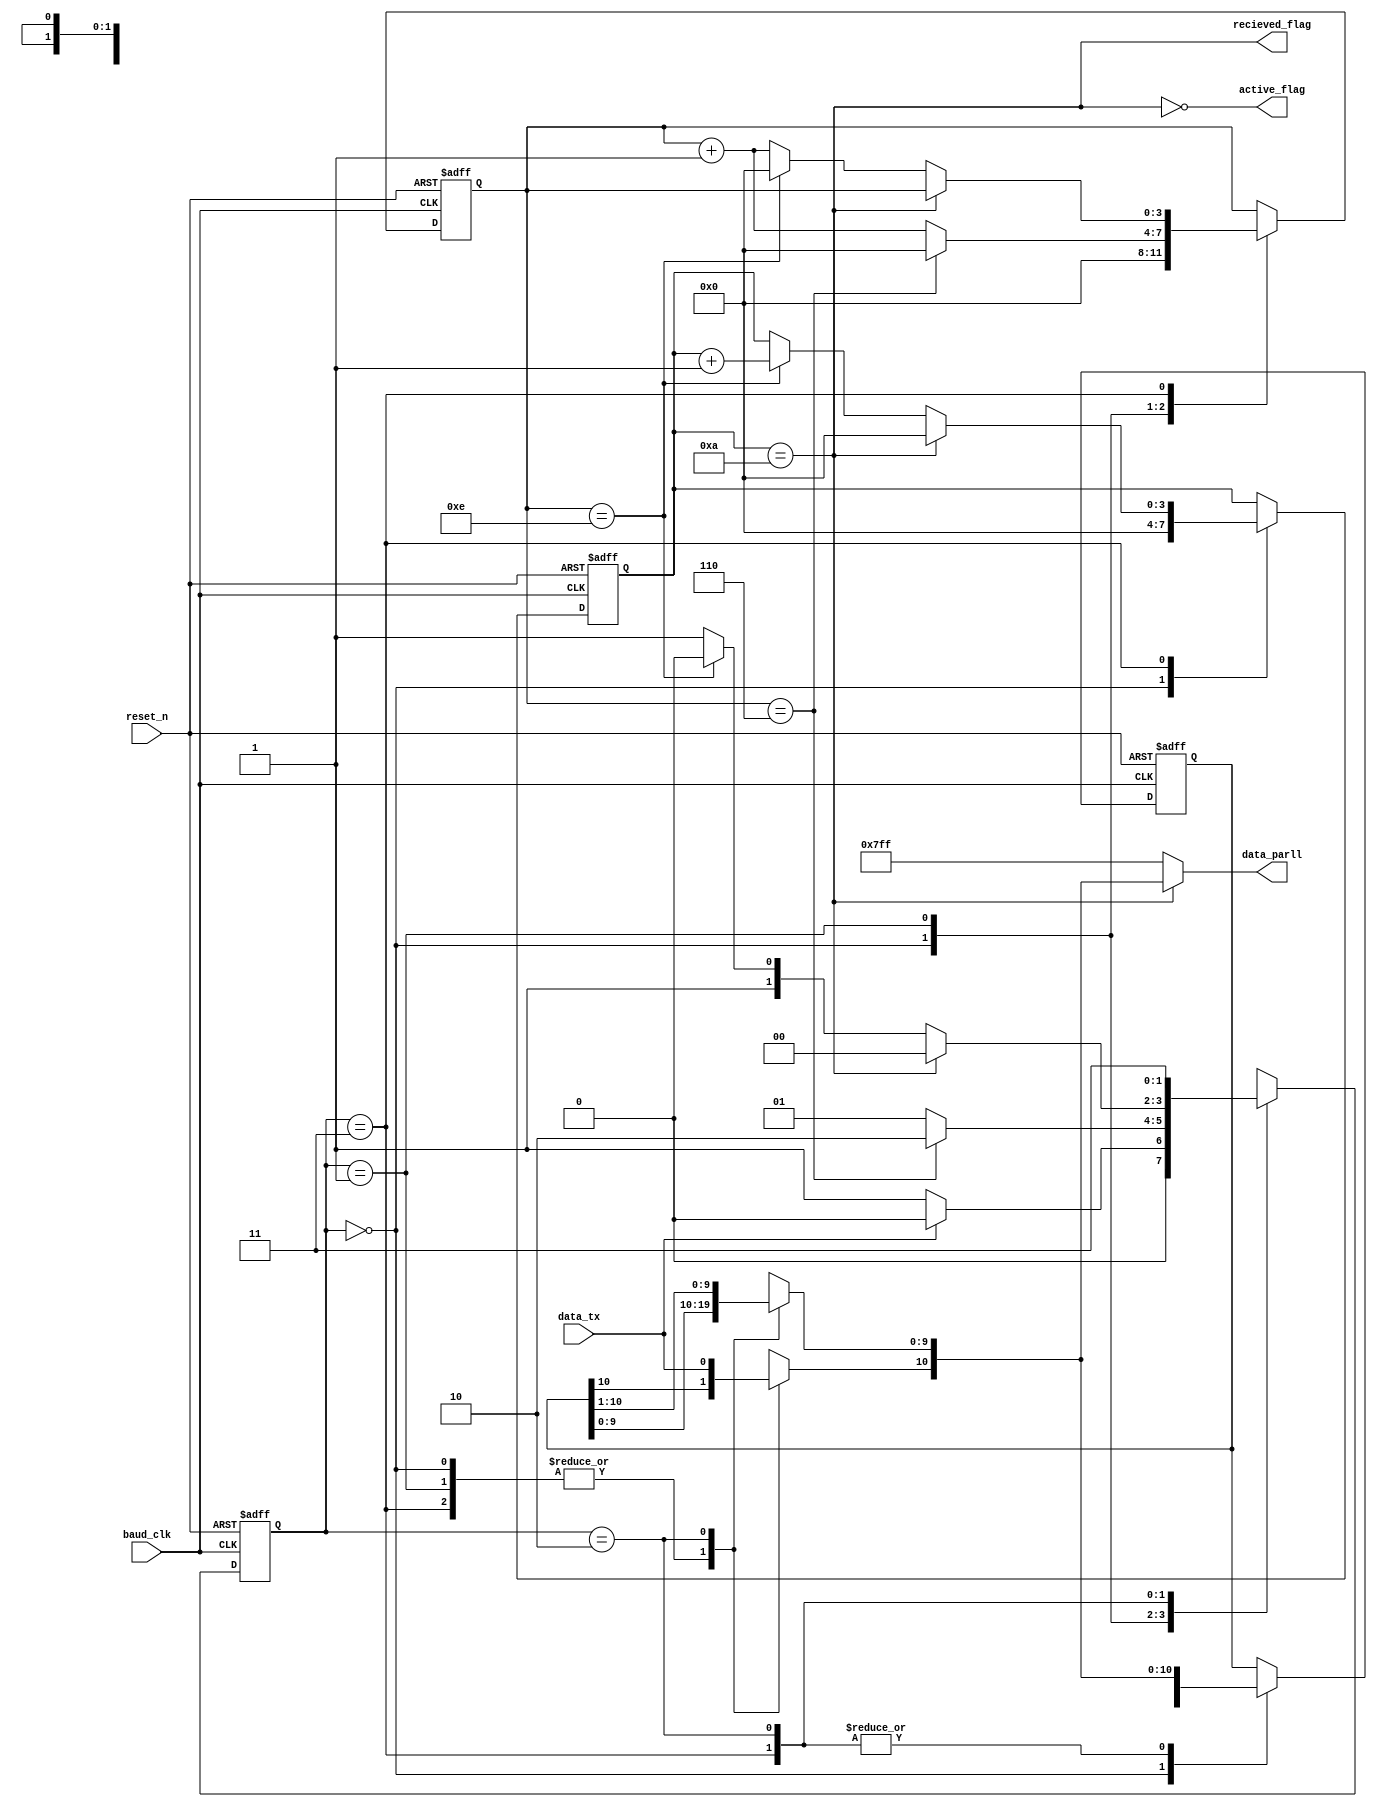
//  INFO.: Undergraduate ECE student, Alexandria university, Egypt.
//  AUTHOR'S EMAIL: majiidd17@icloud.com
//  TYPE: module.
//  KEYWORDS: SIPO, Shift register, Reciever.
//  PURPOSE: An RTL modelling for a Serial-In-Parallel-Out shift register,
//  controlled by an FSM to satisfy the UART-Rx protocol.
//  Stores the data recieved at the positive-clock-edges [BaudRate], then
//  pass the data frame to the DeFrame unit. 

module SIPO(
    input  wire         reset_n,        //  Active low reset.
    input  wire         data_tx,        //  Serial Data recieved from the transmitter.
    input  wire         baud_clk,       //  The clocking input comes from the sampling unit.

    output wire         active_flag,    //  outputs logic 1 when data is in progress.
    output wire         recieved_flag,  //  outputs a signal enables the deframe unit. 
    output wire  [10:0] data_parll      //  outputs the 11-bit parallel frame.
);
//  Internal
reg [10:0] temp, data_parll_temp;
reg [3:0]  frame_counter, stop_count;
reg [1:0]  next_state;

//  Encoding the states of the reciever
localparam IDLE   = 2'b00,
           CENTER = 2'b01,
           FRAME  = 2'b11,
           GET    = 2'b10;

//  Recieving logic FSM
always @(posedge baud_clk, negedge reset_n) begin
  if (!reset_n) begin
    next_state    <= IDLE;
    stop_count    <= 4'd0;
    frame_counter <= 4'd0;
    temp          <= {11{1'b1}};
  end
  else begin
    case (next_state)
      IDLE : 
      begin
        temp          <= {11{1'b1}};
        stop_count    <= 4'd0;
        frame_counter <= 4'd0;
        if(~data_tx) begin
          next_state  <= CENTER;
        end
        else begin
          next_state  <= IDLE;
        end
      end

      CENTER : 
      begin
        if(stop_count == 4'd6) begin
          stop_count     <= 4'd0;
          next_state     <= GET;
        end
        else begin
          stop_count  <= stop_count + 4'b1;
          next_state  <= CENTER;
        end
      end

      FRAME :
      begin
        temp <= data_parll_temp;
        if(frame_counter == 4'd10) begin
          frame_counter <= 4'd0;
          next_state    <= IDLE;
        end
        else begin
          if(stop_count == 4'd14) begin
            frame_counter  <= frame_counter + 4'b1;
            stop_count     <= 4'd0; 
            next_state     <= GET;
          end
          else begin
            frame_counter  <= frame_counter;
            stop_count     <= stop_count + 4'b1;
            next_state     <= FRAME;
          end
        end
      end

      GET : begin 
        next_state     <= FRAME;
        temp           <= data_parll_temp;
      end
    endcase
  end
end

always @(*) begin
  case (next_state)
    IDLE, CENTER, FRAME: data_parll_temp  = temp;

    GET : begin
      data_parll_temp    = temp >> 1;
      data_parll_temp[10] = data_tx;
    end
  endcase
end

assign data_parll    = recieved_flag? data_parll_temp : {11{1'b1}};
assign recieved_flag = (frame_counter == 4'd10);
assign active_flag   = !recieved_flag;

endmodule